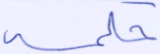
حكمه